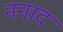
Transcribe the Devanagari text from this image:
ननाद